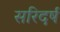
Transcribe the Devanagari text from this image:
सरिदर्ष